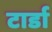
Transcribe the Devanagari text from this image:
टार्डा